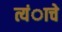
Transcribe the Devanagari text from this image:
त्यंाचे